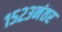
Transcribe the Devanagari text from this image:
१५२३नंतर